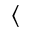
\langle